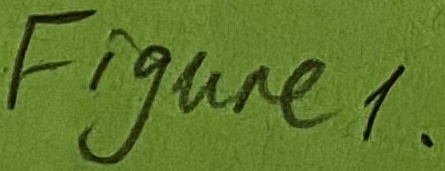
Text: Figure1